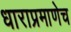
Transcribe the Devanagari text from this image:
धाराप्रमाणेच